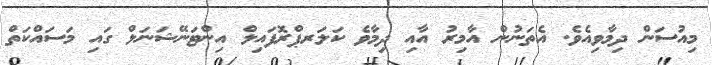
މިއުސަން ދިމާވިއެވެ. އެތަނުން އާމިރު އާއި ދިމާވެ ކަލަރޕްރޮފައިލް އިންޓަނޭޝަނަލް ގައި މަސައްކަތް